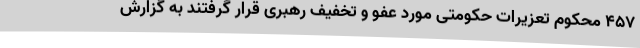
457 محکوم تعزیرات حکومتی مورد عفو و تخفیف رهبری قرار گرفتند به گزارش